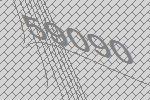
59090